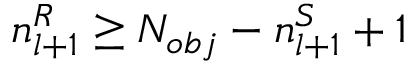
n _ { l + 1 } ^ { R } \ge N _ { o b j } - n _ { l + 1 } ^ { S } + 1